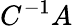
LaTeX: C^{-1}A